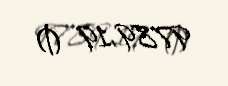
9789,19 ₼